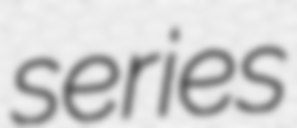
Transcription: series